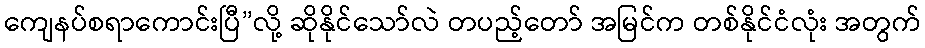
ကျေနပ်စရာကောင်းပြီ”လို့ ဆိုနိုင်သော်လဲ တပည့်တော် အမြင်က တစ်နိုင်ငံလုံး အတွက်